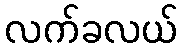
လက်ခလယ်